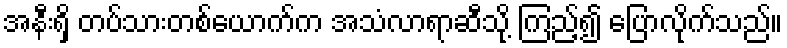
အနီးရှိ တပ်သားတစ်ယောက်က အသံလာရာဆီသို့ ကြည့်၍ ပြောလိုက်သည်။